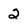
Character: 2